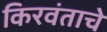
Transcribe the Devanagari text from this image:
किरवंताचे